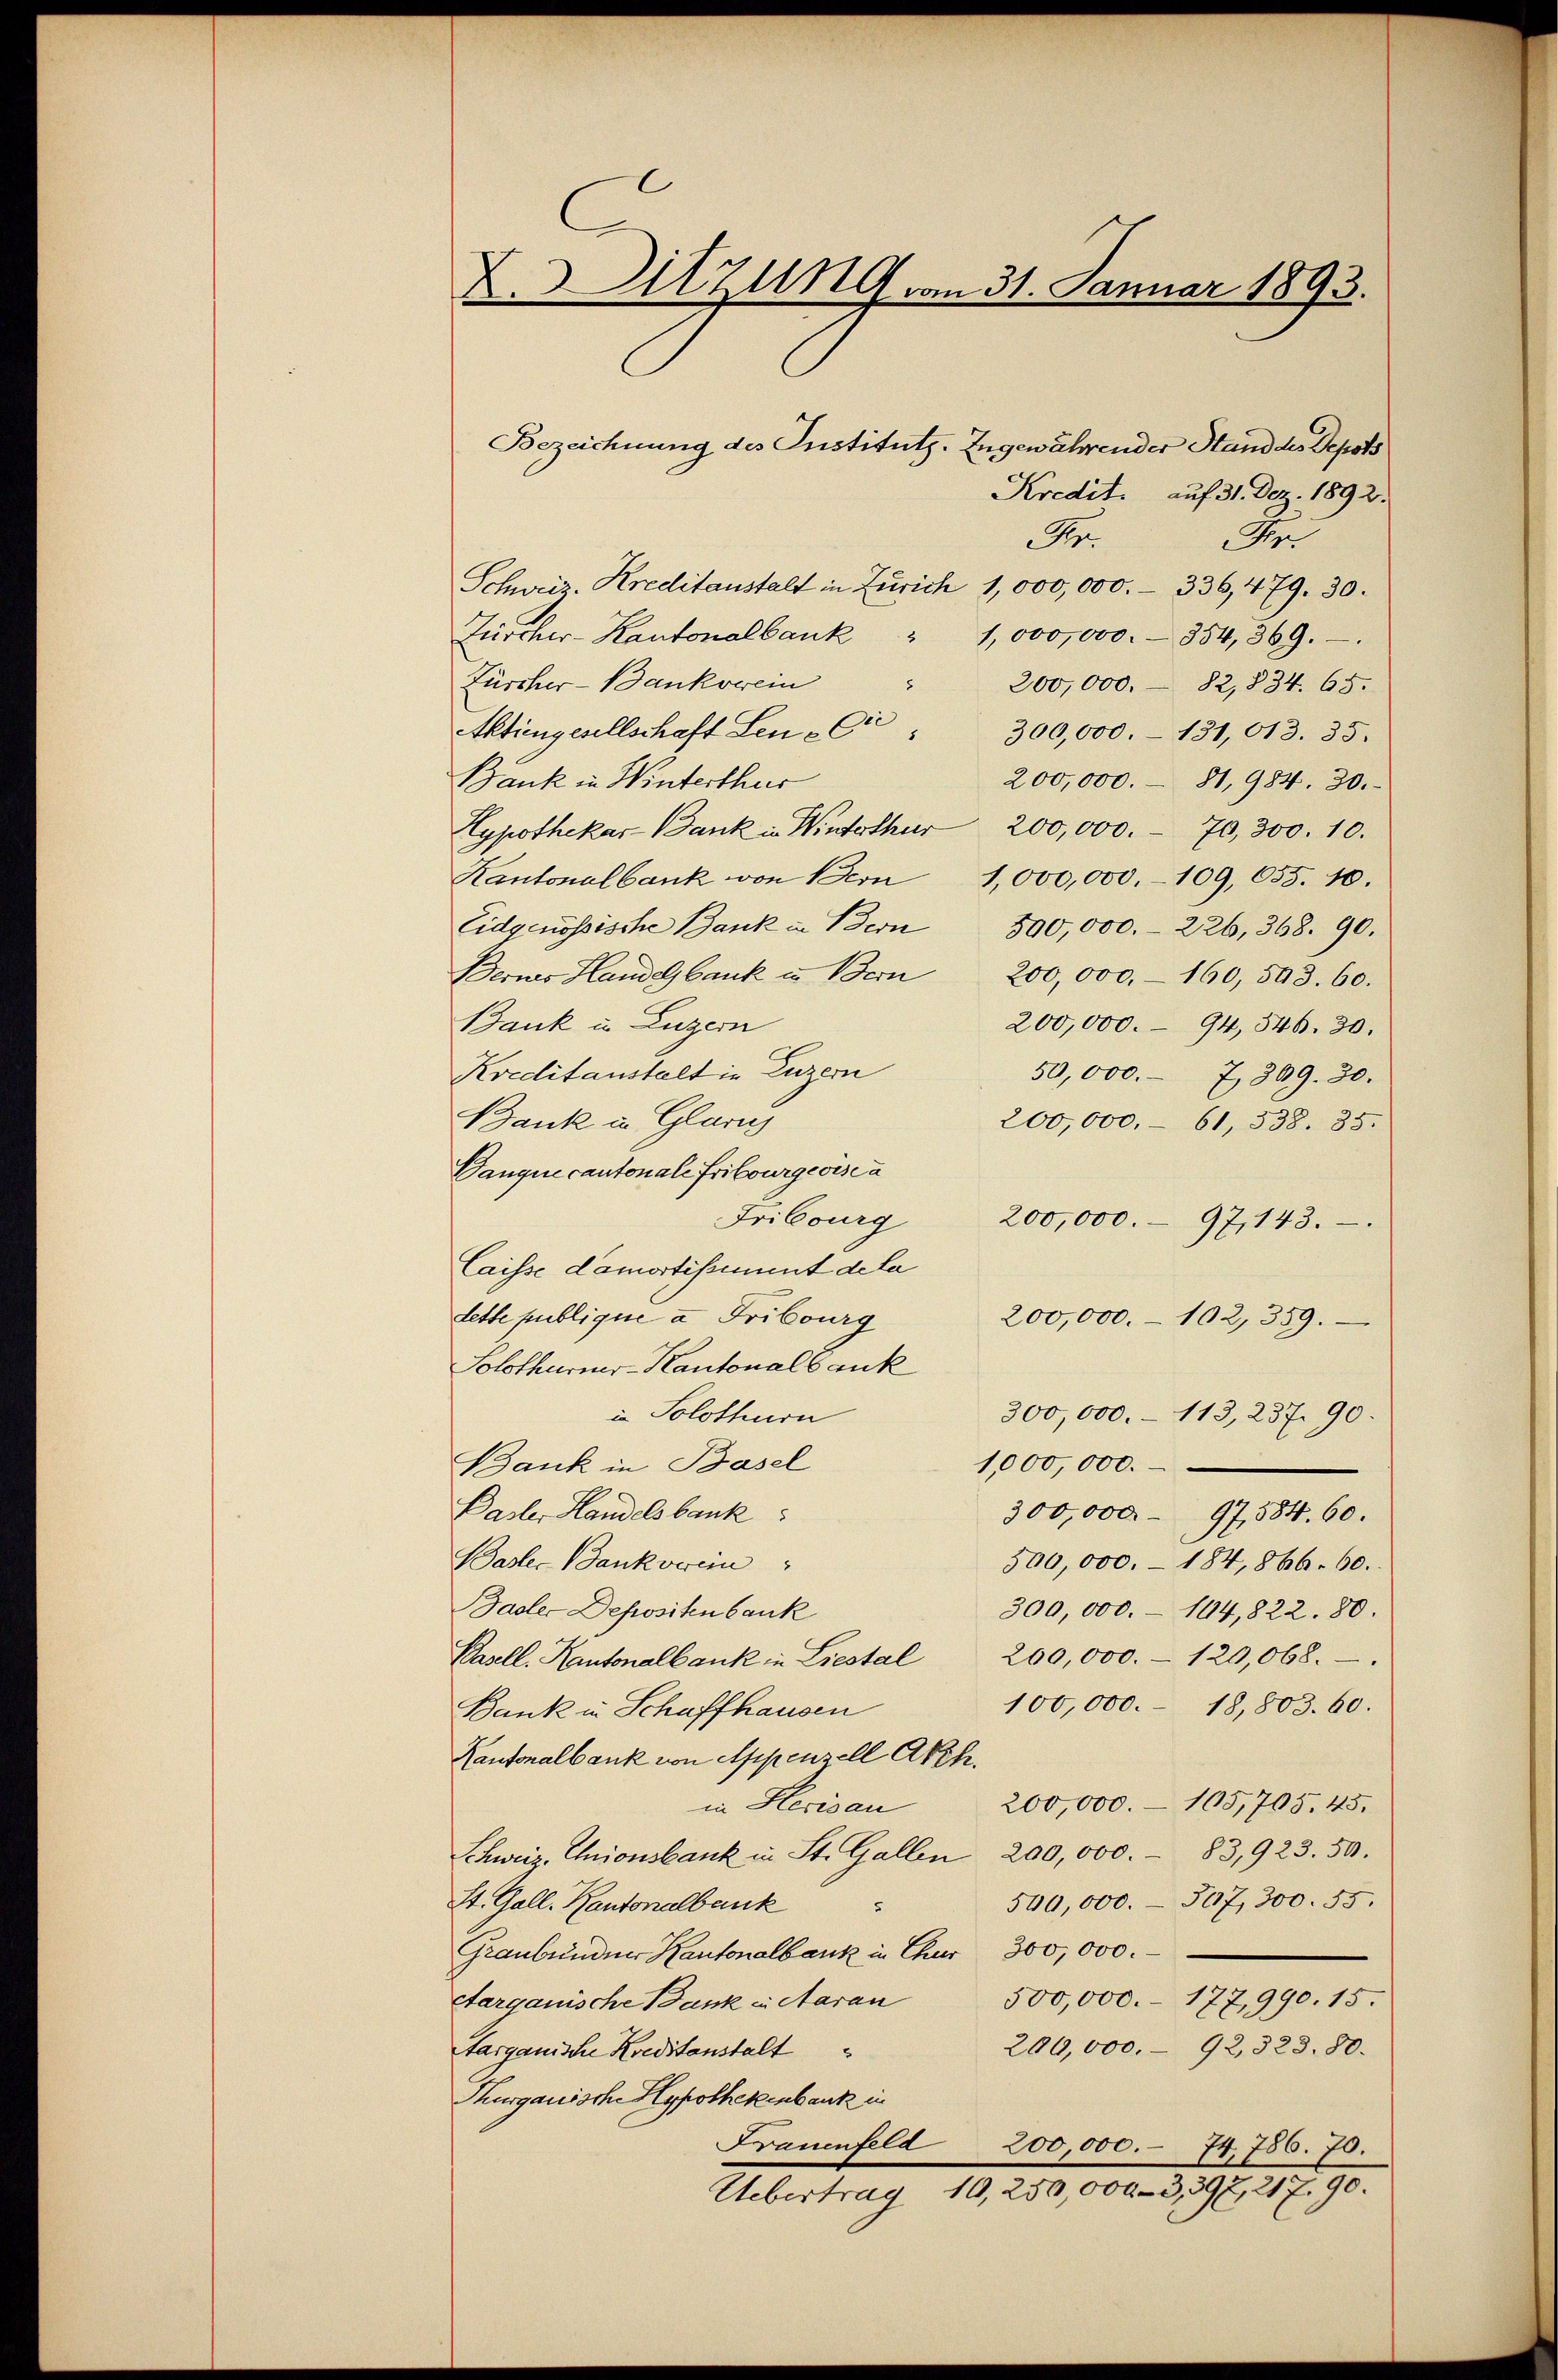
X.Sitzung am 31. Januar 1893.
Bezeichnung des Instituts. Ingewährender Stand des Depots

Schweiz. Kreditanstalt in Zürich 1,000,000.- 336,479. 30.
Zürcher-Kantonalbank " 1,000,000.- 354, 369.
Züscher-Bankorein
" 200,000.- 82,834. 65.
Aktiengesellschaft Leu - Cir
300,000.- 131, 613. 35.
Bank in Winterthur
200,000.- 81, 984. 30.
Zypothekar Bank in Winterthur 200,000.- 70,300. 10.
Kantonalbank von Bern 1,000,000.- 109, 655. 10.
Eidgenössische Bank in Bern 300,000.- 226, 368. 90.
Berner Handelbank in Bern 200,000.- 160, 543. 60.
Bank in Luzern
200,000.- 94, 546. 30.
Kreditanstalt in Luzern
50,000. 7, 399. 30.
Bank in Glanz
200,000, 61, 338. 35.
Danque cantonale Fribourgeois ca
Fribourg 200,000.- 97, 143.
Caisse damortissement dela
Lette publique u. Fribourg
200,000.- 102, 359.
Solothurner-Kantonalbank
in Solothurn
300,000.- 113, 237. 90.
Bank in Basel
1,000,000.
Basler Handelsbank
300,000 - 97,584. 60.
Basler Bankverein
500,000. - 184,866. 60.
Basler Depositen bank
300,000.- 104,822. 80.
200,000. - 120,068.
Basell. Kantonalbank in Liestal
100,000. 18,803. 60.
Bank in Schaffhausen
Kantonalbank von Appenzell Akeh.
200,000.- 105,705. 45.
in Herisau
83,923. 50.
Schweiz. Unionsbank in St. Gallen 200,000.
500,000. 307, 300. 55.
St. Gall. Kantonalbank
5
Graubünden Kantonalbank in Chur 300,000.
Aargauische Bank in Aarau
500,000.- 177,990. 15.
200,000.- 92,323. 80.
Aarganische Kreditanstalt
Thurgauische Hypothekenbank in
Frauenfeld 200,000. 74736. 70.
Uebertrag 10,250,000 - 3,397, 217. 90.

Kredit. auf 31. Dez. 1892.
Fr.
Fr